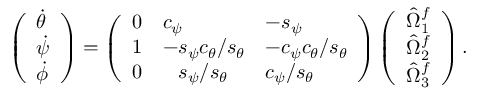
\left( \begin{array} { l } { \dot { \theta } } \\ { \dot { \psi } } \\ { \dot { \phi } } \end{array} \right) = \left( \begin{array} { l l l } { 0 } & { c _ { \psi } } & { - s _ { \psi } } \\ { 1 } & { - s _ { \psi } c _ { \theta } / s _ { \theta } } & { - c _ { \psi } c _ { \theta } / s _ { \theta } } \\ { 0 } & { \hphantom { + } s _ { \psi } / s _ { \theta } } & { c _ { \psi } / s _ { \theta } } \end{array} \right) \left( \begin{array} { l } { \hat { \Omega } _ { 1 } ^ { f } } \\ { \hat { \Omega } _ { 2 } ^ { f } } \\ { \hat { \Omega } _ { 3 } ^ { f } } \end{array} \right) .